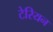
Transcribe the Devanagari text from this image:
टेरियन